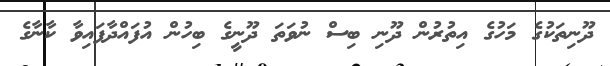
ދޫނިތަކުގެ މަހުގެ އިތުރުން ދޫނި ބިސް ނުވަތަ ދޫނީގެ ބިހުން އުފައްދާފައިވާ ކާނާގެ